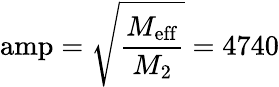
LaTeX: \mathrm{amp}=\sqrt{\frac{M_{\mathrm{eff}}}{M_{2}}}=4740